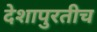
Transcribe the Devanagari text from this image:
देशापुरतीच